Lunatic asylums Bombay report 1891-1903 - 1891-1903
Year: 1891
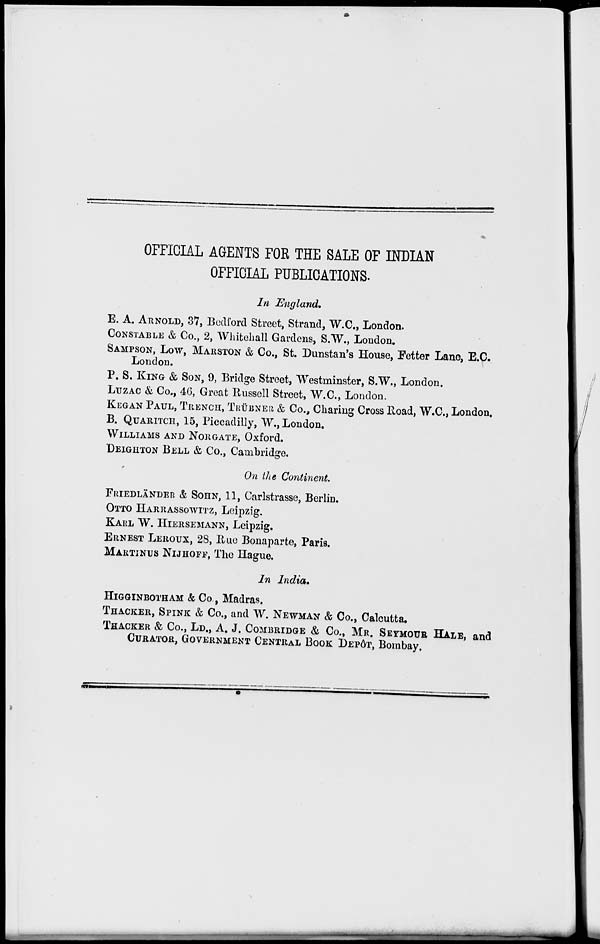
OFFICIAL AGENTS FOR THE SALE OF INDIAN
OFFICIAL PUBLICATIONS.
In England.
E. A. ARNOLD, 37, Bedford Street, Strand, W.C., London.
CONSTABLE & Co., 2, Whitehall Gardens, S.W., London.
SAMPSON, LOW, MARSTON & Co., St. Dunstan's House, Fetter Lane, E.C.
London.
P. S. KING & SON, 9, Bridge Street, Westminster, S.W., London.
LUZAC & Co., 46, Great Russell Street, W.C., London.
KEGAN PAUL, TRENCH, TRÜBNER & Co., Charing Cross Road, W.C., London,
B. QUARITCH, 15, Piccadilly, W., London.
WILLIAMS AND NORGATE, Oxford.
DEIGHTON BELL & Co., Cambridge.
On the Continent
FRIEDLÄNDER & SOHN, 11, Carlstrasse, Berlin.
OTTO HARRASSOWITZ, Leipzig.
KARL W. HIERSEMANN, Leipzig.
ERNEST LEROUS, 28, Rue Bonaparte, Paris.
MARTINUS NIJHOFF, The Hague.
In India.
HIGGINBOTHAM & Co., Madras.
THACKER, SPINK & Co., and W. NEWMAN & Co., Calcutta,
THACKER & Co., LD., A. J. COMBRIDGE & Co., MR. SEYMOUR HALE, and
CURATOR, GOVERNMENT CENTRAL BOOK DEPÔT, Bombay.